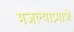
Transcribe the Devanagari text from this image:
मजल्याप्रमाणे